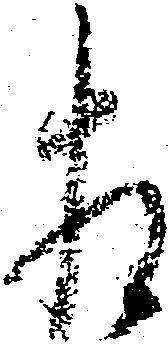
相